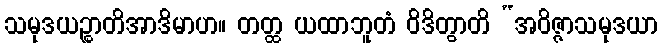
သမုဒယဉ္စာတိအာဒိမာဟ။ တတ္ထ ယထာဘူတံ ဝိဒိတွာတိ “အဝိဇ္ဇာသမုဒယာ